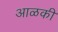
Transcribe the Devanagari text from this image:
आळकी